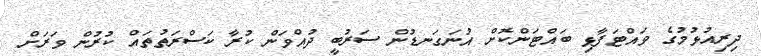
ދިރިއުޅުމުގެ ވައްޓަފާޅި ބައްޓަންކޮށް އުނަގަނޑުން ސަރުބީ ދުއްވަން ކުރާ ކަސްރަތުތައް ކުރުން ވަރަށް